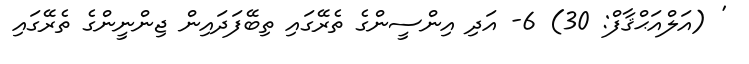
' (އަލްއަޙްޤާފް: 30) 6- އަދި އިންސީންގެ ތެރޭގައި ތިބޭފަދައިން ޖިންނީންގެ ތެރޭގައި